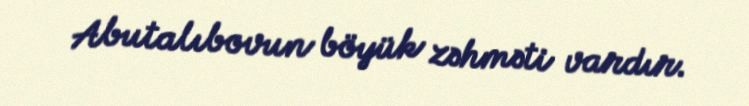
Abutalıbovun böyük zəhməti vardır.